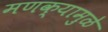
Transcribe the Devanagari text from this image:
मणक्यामुळे